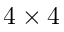
4 \times 4